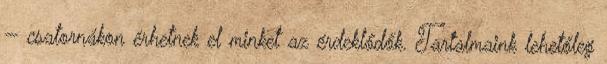
— csatornákon érhetnek el minket az érdeklődők. Tartalmaink lehetőleg